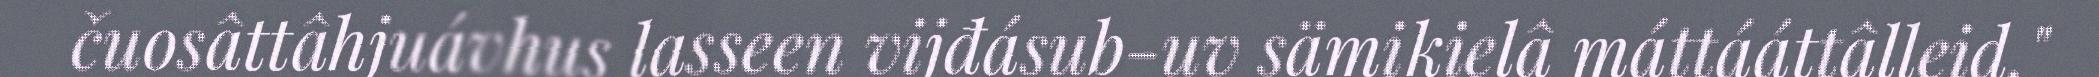
čuosâttâhjuávhus lasseen vijđásub-uv sämikielâ máttááttâlleid."